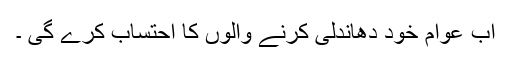
اب عوام خود دھاندلی کرنے والوں کا احتساب کرے گی ۔